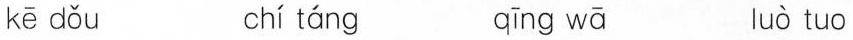
kē dǒu chí táng qīng wā Tuò tuo